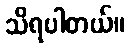
သိရပါတယ်။